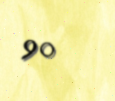
90